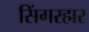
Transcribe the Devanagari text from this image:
सिंगरहार